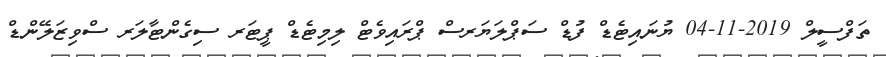
ތަފްސީލް 2019-11-04 ޔުނައިޓެޑް ފުޑް ސަޕްލަޔަރސް ޕްރައިވެޓް ލިމިޓެޑް ޕީޓަރ ސިގެންޓާލަރ ސްވިޒަލޭންޑް